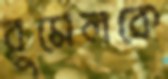
রুমেলকে